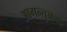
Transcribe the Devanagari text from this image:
आगन्तुकक